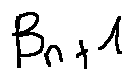
\beta _ { n + 1 }